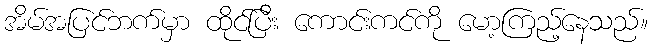
အိမ်အပြင်ဘက်မှာ ထိုင်ပြီး ကောင်းကင်ကို မော့ကြည့်နေသည်။